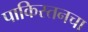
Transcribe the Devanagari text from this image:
पाकिस्तनचा